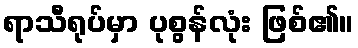
ရာသီရုပ်မှာ ပုစွန်လုံး ဖြစ်၏။